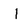
Character: I